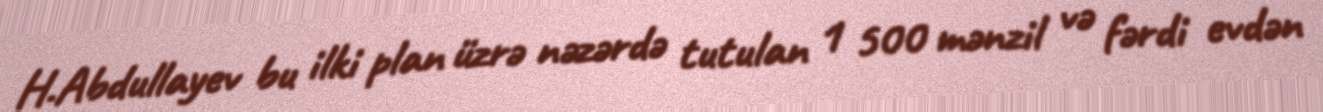
H.Abdullayev bu ilki plan üzrə nəzərdə tutulan 1 500 mənzil və fərdi evdən